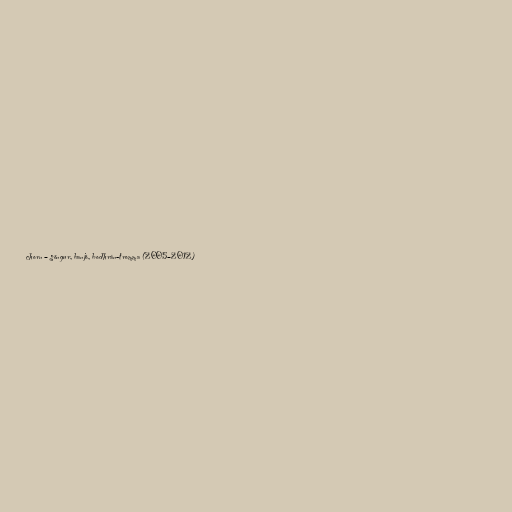
chorn – söngur, banjó, bodhrán-tromma (2005–2012)